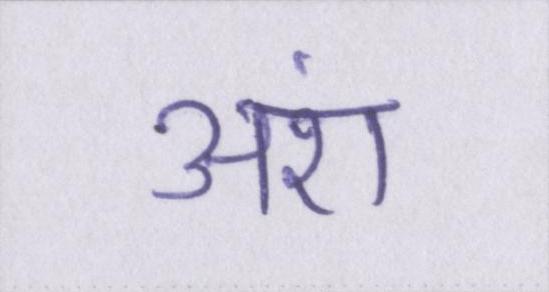
अंश